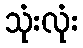
သုံးလုံး